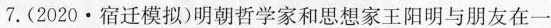
7.(2020·宿迁模拟)明朝哲学家和思想家王阳明与朋友在一